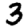
Digit: 3